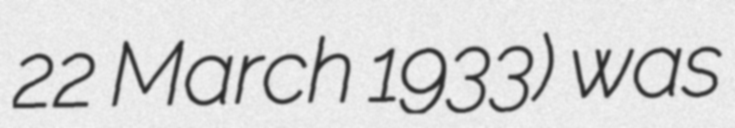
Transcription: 22 March 1933) was